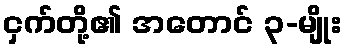
ငှက်တို့၏ အတောင် ၃-မျိုး